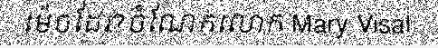
ម៉េចដែរ?ចំណែកលោក Mary Visal